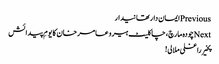
Previousایمان دار تھانیدار
Nextچودہ مارچ، چاکلیٹ ہیرو عامر خان کا یومِ پیدائش
پخیر راغلی ملالی!